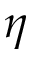
\eta